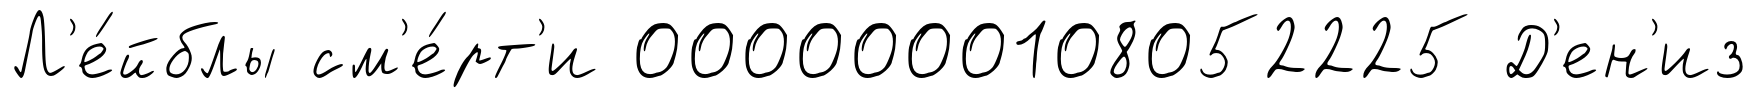
Л'е́йблы см'е́рт'и 0000000108052225 Д'ен'из